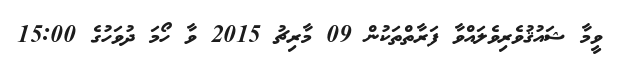
ވީމާ ޝައުޤުވެރިވެލައްވާ ފަރާތްތަކުން 09 މާރިޗު 2015 ވާ ހޯމަ ދުވަހުގެ 15:00